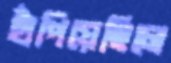
হাঁপিয়েছিলে